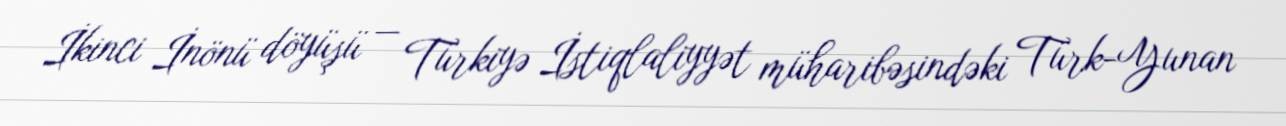
İkinci İnönü döyüşü — Türkiyə İstiqlaliyyət müharibəsindəki Türk-Yunan